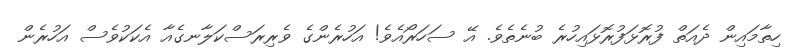
ހިތާމައިން ދެއަތް ފުރޮޅަފުރޮޅައިހުރެ ބުނެތެވެ. އޭ ސަހަރޯއެވެ! އަހުރެންގެ ވެރިރަސްކަލާނގެއާ އެކަކުވެސް އަހުރެން